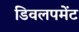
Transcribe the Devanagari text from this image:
डिवलपमेंट